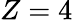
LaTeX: Z=4